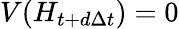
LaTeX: V(H_{t+d\Delta t})=0